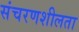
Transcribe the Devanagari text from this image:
संचरणशीलता